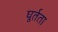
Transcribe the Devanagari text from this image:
घूर्तता